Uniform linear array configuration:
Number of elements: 16
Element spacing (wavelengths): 0.75
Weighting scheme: hann
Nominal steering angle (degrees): -30
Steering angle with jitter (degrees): -28.997
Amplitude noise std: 0.05
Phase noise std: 0.05

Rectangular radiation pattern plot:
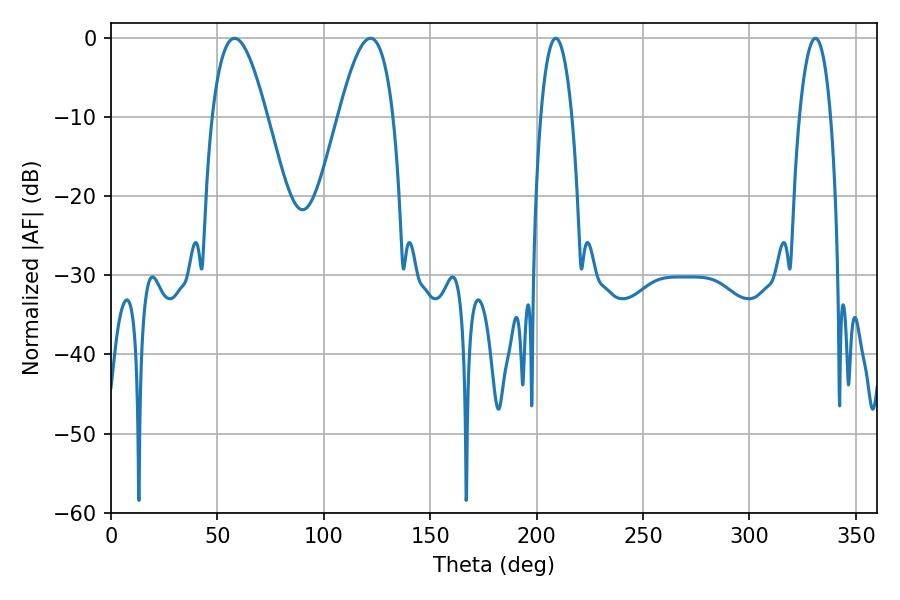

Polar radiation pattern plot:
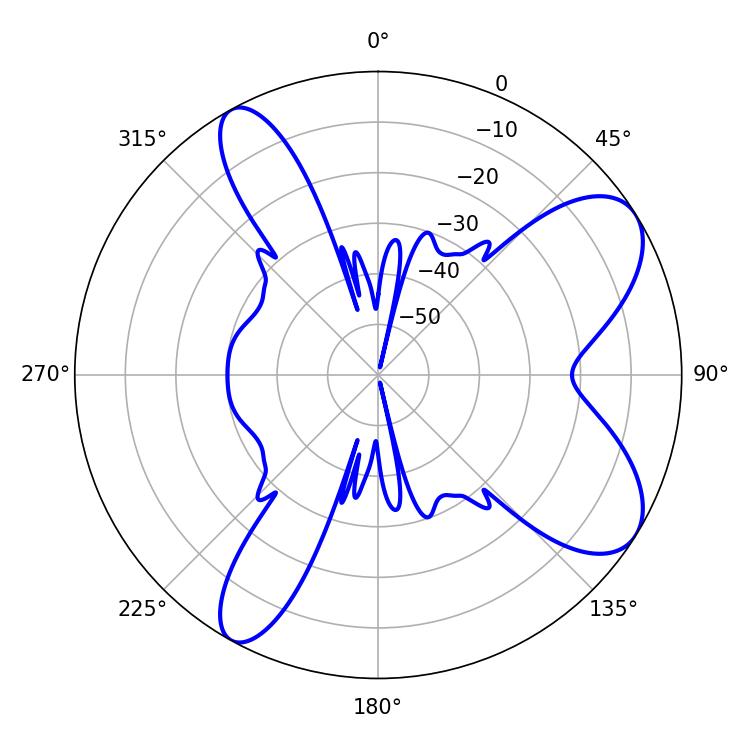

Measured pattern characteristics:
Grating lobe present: TRUE
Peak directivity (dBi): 8.117
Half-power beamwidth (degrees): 8.1
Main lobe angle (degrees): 208.98